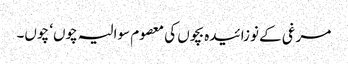
مرغی کے نوزائیدہ بچوں کی معصوم سوالیہ چوں‘ چوں۔